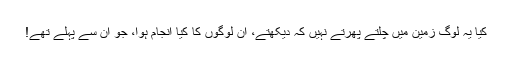
کیا یہ لوگ زمین میں چلتے پھرتے نہیں کہ دیکھتے، اُن لوگوں کا کیا انجام ہوا، جو اِن سے پہلے تھے!